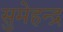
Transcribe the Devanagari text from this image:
सुमेहन्द्र